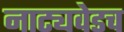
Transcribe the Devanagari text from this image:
नाट्यवेडच